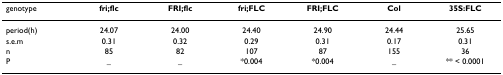
| genotype | fri;flc | FRI;flc | fri;FLC | FRI;FLC | Col | 35S:FLC |
 | --- | --- | --- | --- | --- | --- | --- |
 | period(h) | 24.07 | 24.00 | 24.40 | 24.90 | 24.44 | 25.65 |
 | s.e.m | 0.31 | 0.32 | 0.29 | 0.31 | 0.17 | 0.31 |
 | n | 85 | 82 | 107 | 87 | 155 | 36 |
 | P | _ | _ | *0.004 | *0.004 | _ | ** < 0.0001 |